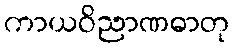
ကာယဝိညာဏဓာတု